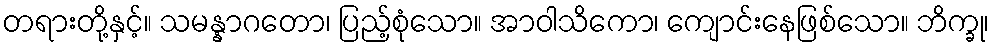
တရားတို့နှင့်။ သမန္နာဂတော၊ ပြည့်စုံသော။ အာဝါသိကော၊ ကျောင်းနေဖြစ်သော။ ဘိက္ခု၊